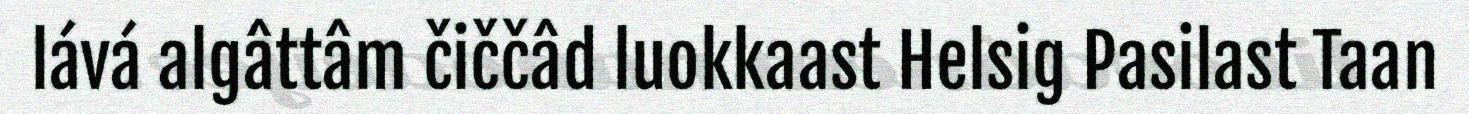
lává algâttâm čiččâd luokkaast Helsig Pasilast Taan